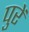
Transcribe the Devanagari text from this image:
पुरें